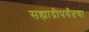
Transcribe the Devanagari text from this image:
सह्याद्रीपर्यंतचा